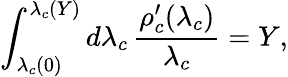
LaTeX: \int_{\lambda_{c}(0)}^{\lambda_{c}(Y)}d\lambda_{c}\, \frac{\rho_{c}^{\prime}(\lambda_{c})}{\lambda_{c}}=Y,